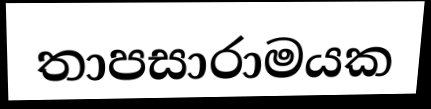
තාපසාරාමයක